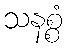
သနစ္စံ